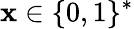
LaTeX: \mathbf{x}\in\{ 0,1\} ^{*}